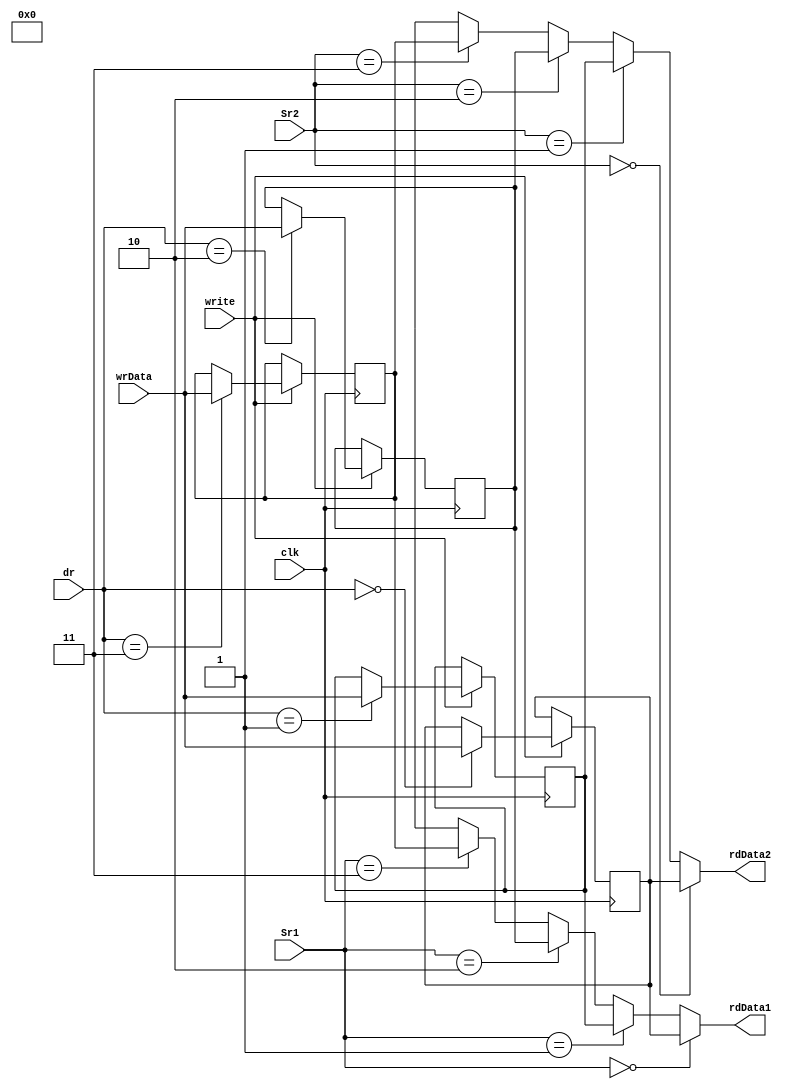
module  reg_bank_4x32 (rdData1, rdData2, wrData, Sr1, Sr2, dr, write, clk);
    
    input write, clk;
    input [1:0] Sr1, Sr2, dr;
    input [31:0] wrData;
    output reg [31:0] rdData1, rdData2;
    reg [31:0] R0, R1, R2, R3;

    
    assign rdData1 = (Sr1 == 0) ? R0 :       // 4x32 register file
                     (Sr1 == 1) ? R1 :       // Sr1, Sr2 are the select lines
                     (Sr1 == 2) ? R2 :       
                     (Sr1 == 3) ? R3 : z;

    assign rdData2 = (Sr2 == 0) ? R0 :
                     (Sr2 == 1) ? R1 :
                     (Sr2 == 2) ? R2 :
                     (Sr2 == 3) ? R3 : z;

    always @(posedge clk)
        begin
            if (write)
                begin
                    case (dr)                      // dr is the destination register
                        2'b00: R0 <= wrData;       // wrData is the data to be written
                        2'b01: R1 <= wrData;       // into the register file
                        2'b10: R2 <= wrData;       // write is the write enable signal
                        2'b11: R3 <= wrData;       // clk is the clock signal
                    endcase                        // rdData1, rdData2 are the output
                end                                // data from the register file
        end                                        // R0, R1, R2, R3 are the registers
endmodule